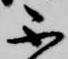
不